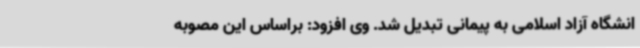
انشگاه آزاد اسلامی به پیمانی تبدیل شد. وی افزود: براساس این مصوبه